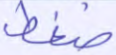
ضغط